Indian journal of veterinary science and animal husbandry - Volume 4,
Year: 1934
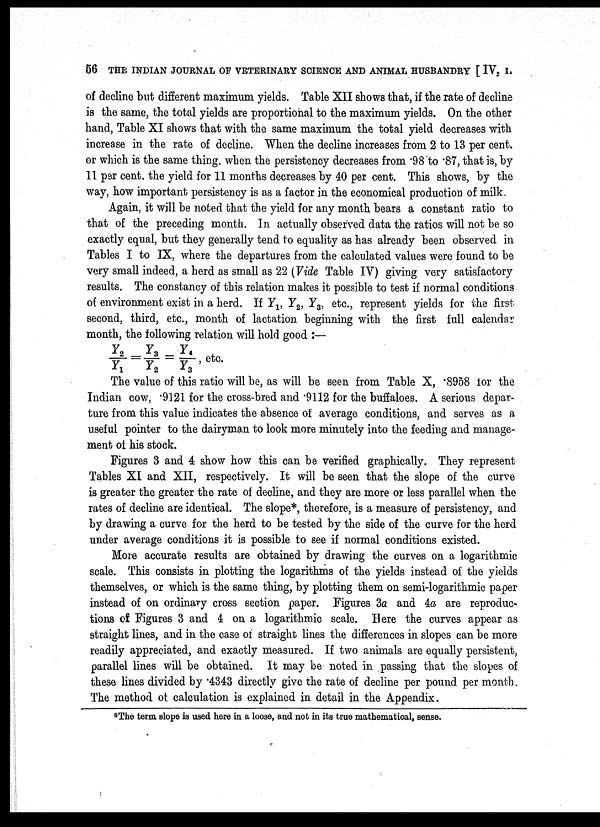
56 THE INDIAN JOURNAL OF VETERINARY SCIENCE AND ANIMAL HUSBANDRY [ IV. 1.
of decline but different maximum yields. Table XII shows that, if the rate of decline
is the same, the total yields are proportional to the maximum yields. On the other
hand, Table XI shows that with the same maximum the total yield decreases with
increase in the rate of decline. When the decline increases from 2 to 13 per cent.
or which is the same thing, when the persistency decreases from .98 to .87, that is, by
11 per cent. the yield for 11 months decreases by 40 per cent. This shows, by the
way, how important persistency is as a factor in the economical production of milk.
Again, it will be noted that the yield for any month bears a constant ratio to
that of the preceding month. In actually observed data the ratios will not be so
exactly equal, but they generally tend to equality as has already been observed in
Tables I to IX, where the departures from the calculated values were found to be
very small indeed, a herd as small as 22 (Vide Table IV) giving very satisfactory
results. The constancy of this relation makes it possible to test if normal conditions
of environment exist in a herd. If Y 1, Y 2, Y 3, etc., represent yields for the first
second, third, etc., month of lactation beginning with the first full calendar
month, the following relation will hold good :—
Y 2 /Y 1 = Y 3 /Y 2 = Y 4 /Y 3, etc.
The value of this ratio will be, as will be seen from Table X, .8958 for the
Indian cow, .9121 for the cross-bred and .9112 for the buffaloes. A serious depar-
ture from this value indicates the absence of average conditions, and serves as a
useful pointer to the dairyman to look more minutely into the feeding and manage-
ment of his stock.
Figures 3 and 4 show how this can be verified graphically. They represent
Tables XI and XII, respectively. It will be seen that the slope of the curve
is greater the greater the rate of decline, and they are more or less parallel when the
rates of decline are identical. The slope*, therefore, is a measure of persistency, and
by drawing a curve for the herd to be tested by the side of the curve for the herd
under average conditions it is possible to see if normal conditions existed.
More accurate results are obtained by drawing the curves on a logarithmic
scale. This consists in plotting the logarithms of the yields instead of the yields
themselves, or which is the same thing, by plotting them on semi-logarithmic paper
instead of on ordinary cross section paper. Figures 3a and 4a are reproduc-
tions of Figures 3 and 4 on a logarithmic scale. Here the curves appear as
straight lines, and in the case of straight lines the differences in slopes can be more
readily appreciated, and exactly measured. If two animals are equally persistent,
parallel lines will be obtained. It may be noted in passing that the slopes of
these lines divided by .4343 directly give the rate of decline per pound per month.
The method of calculation is explained in detail in the Appendix.
*The term slope is used here in a loose, and not in its true mathematical, sense.